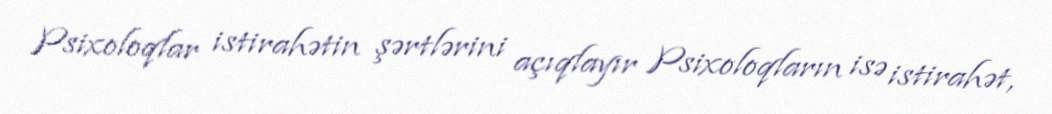
Psixoloqlar istirahətin şərtlərini açıqlayır Psixoloqların isə istirahət,